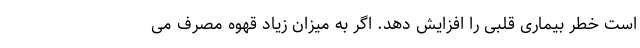
است خطر بیماری قلبی را افزایش دهد. اگر به میزان زیاد قهوه مصرف می